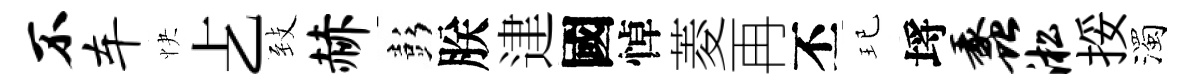
不车快𠧒𦤺赫彭朕䢖國悼菱再丕玘埓蠡淞挼濁